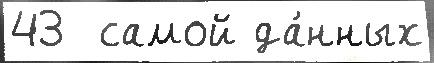
43  самой да́нных